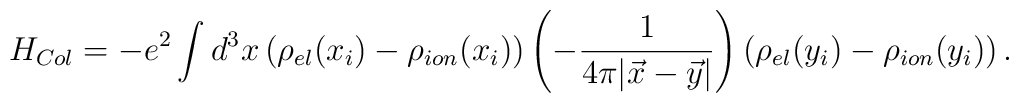
H_{Col}=-e^2\int d^3 x\left(\rho_{el}(x_i)-\rho_{ion}(x_i)\right)\left(-\frac{1}{4\pi|\vec x-\vec y|}\right)\left(\rho_{el}(y_i)-\rho_{ion}(y_i)\right).